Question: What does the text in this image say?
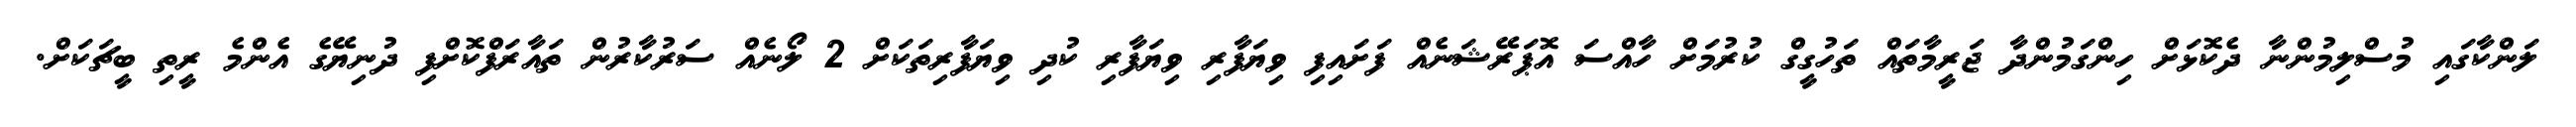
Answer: ލަންކާގައި މުސްލިމުންނާ ދެކޮޅަށް ހިންގަމުންދާ ޖަރީމާތައް ތަހުގީގް ކުރުމަށް ހާއްސަ އޮޕަރޭޝަނެއް ފަށައިފި ވިޔަފާރި ވިޔަފާރި ކުދި ވިޔަފާރިތަކަށް 2 ލޯނެއް ސަރުކާރުން ތައާރަފްކޮށްފި ދުނިޔޭގެ އެންމެ ރީތި ބީޗަކަށް.